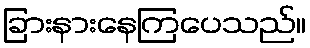
ခြားနားနေကြပေသည်။